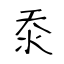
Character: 沗